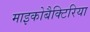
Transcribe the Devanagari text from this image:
माइकोबैक्टिरिया